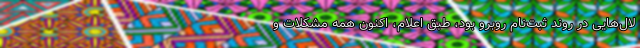
لال‌هایی در روند ثبت‌نام روبرو بود، طبق اعلام، اکنون همه مشکلات و